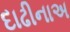
દાઢીનાઅ